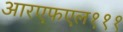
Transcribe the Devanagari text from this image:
आरएफएल१११